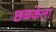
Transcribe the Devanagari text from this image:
छळकेला